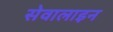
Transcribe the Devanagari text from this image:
सेवालाइन